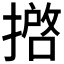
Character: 𢴖